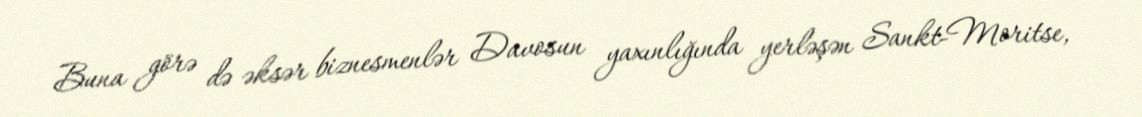
Buna görə də əksər biznesmenlər Davosun yaxınlığında yerləşən Sankt-Moritse,